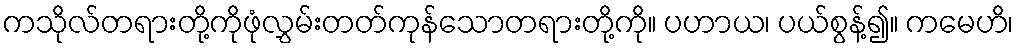
ကသိုလ်တရားတို့ကိုဖုံလွှမ်းတတ်ကုန်သောတရားတို့ကို။ ပဟာယ၊ ပယ်စွန့်၍။ ကမေဟိ၊